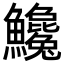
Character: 𩽝